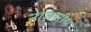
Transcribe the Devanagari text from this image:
नाज़ारीथ